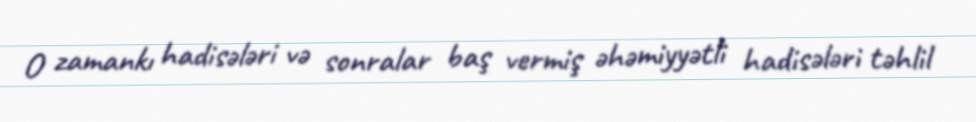
O zamankı hadisələri və sonralar baş vermiş əhəmiyyətli hadisələri təhlil